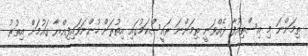
ތިމަންނަ މި އިސްތިއުފާ ދެއްވަނީ ތިމަންނަ ރައީސްކަމުގައި އިތުރަށް ހުންނަވައިފިއްޔާ ގައުމަށް އިތުރު